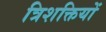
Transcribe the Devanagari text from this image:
त्रिशक्तियों